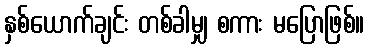
နှစ်ယောက်ချင်း တစ်ခါမျှ စကား မပြောဖြစ်။